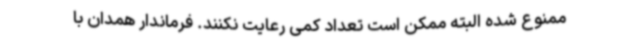
ممنوع شده البته ممکن است تعداد کمی رعایت نکنند. فرماندار همدان با